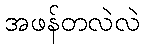
အဖန်တလဲလဲ